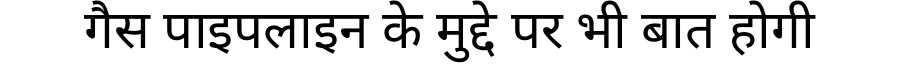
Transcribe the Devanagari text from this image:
गैस पाइपलाइन के मुद्दे पर भी बात होगी